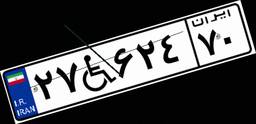
۲۷W۶۲۴۷۰